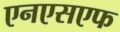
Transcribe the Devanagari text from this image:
एनएसएफ